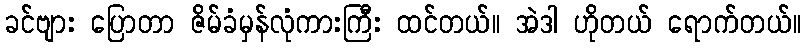
ခင်ဗျား ပြောတာ ဇိမ်ခံမှန်လုံကားကြီး ထင်တယ်။ အဲဒါ ဟိုတယ် ရောက်တယ်။